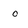
Character: O